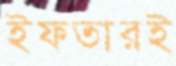
ইফতারই